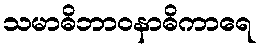
သမာဓိဘာဝနာဓိကာရေ